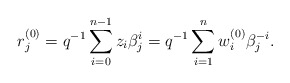
\begin{align*}r_j^{(0)}=q^{-1}\sum_{i=0}^{n-1} z_i \beta^{i}_j=q^{-1}\sum_{i=1}^n w^{(0)}_i \beta^{-i}_j.\end{align*}